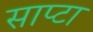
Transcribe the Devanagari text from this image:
साप्टा